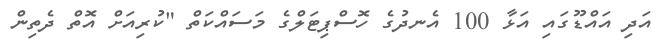
އަދި އައްޑޫގައި އަޅާ 100 އެނދުގެ ހޮސްޕިޓަލްގެ މަސައްކަތް "ކުރިއަށް އޮތް ދެތިން